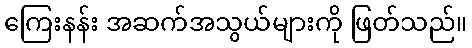
ကြေးနန်း အဆက်အသွယ်များကို ဖြတ်သည်။